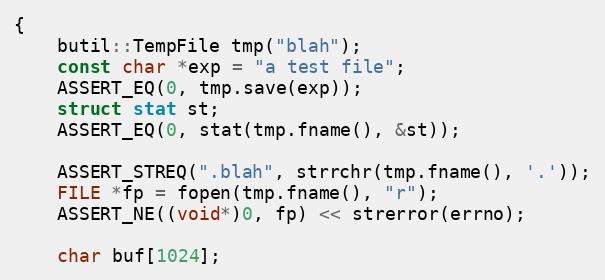
Language: C++
{
    butil::TempFile tmp("blah");
    const char *exp = "a test file";
    ASSERT_EQ(0, tmp.save(exp));
    struct stat st;
    ASSERT_EQ(0, stat(tmp.fname(), &st));

    ASSERT_STREQ(".blah", strrchr(tmp.fname(), '.'));
    FILE *fp = fopen(tmp.fname(), "r");
    ASSERT_NE((void*)0, fp) << strerror(errno);

    char buf[1024];